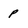
Character: p